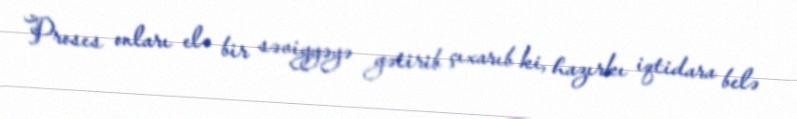
Proses onları elə bir səviyyəyə gətirib çıxarıb ki, hazırkı iqtidara belə